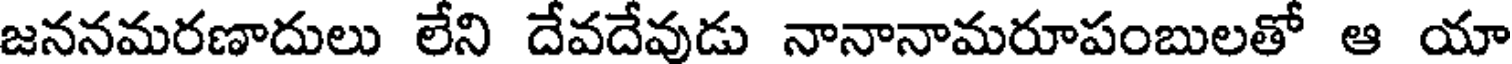
జననమరణాదులు లేని దేవదేవుడు నానానామరూపంబులతో ఆ యా